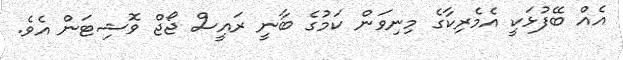
އެއް ބޭފުޅަކީ އެމެރިކާގެ މިނިވަން ކަމުގެ ބާނީ ރައީސް ޖޯޖް ވޮޝިޓަން އެވެ.